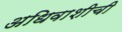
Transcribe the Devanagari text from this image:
अधिवाशीची